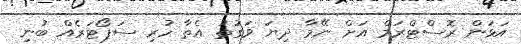
އަޅަން ރޮސްޓްރަމް އަށް ނޭމާ ދިޔަ ވަގުތު އެތާ ހުރި ސަޕޯޓަރެއް ބުނި